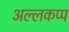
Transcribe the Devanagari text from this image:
अल्लकप्प